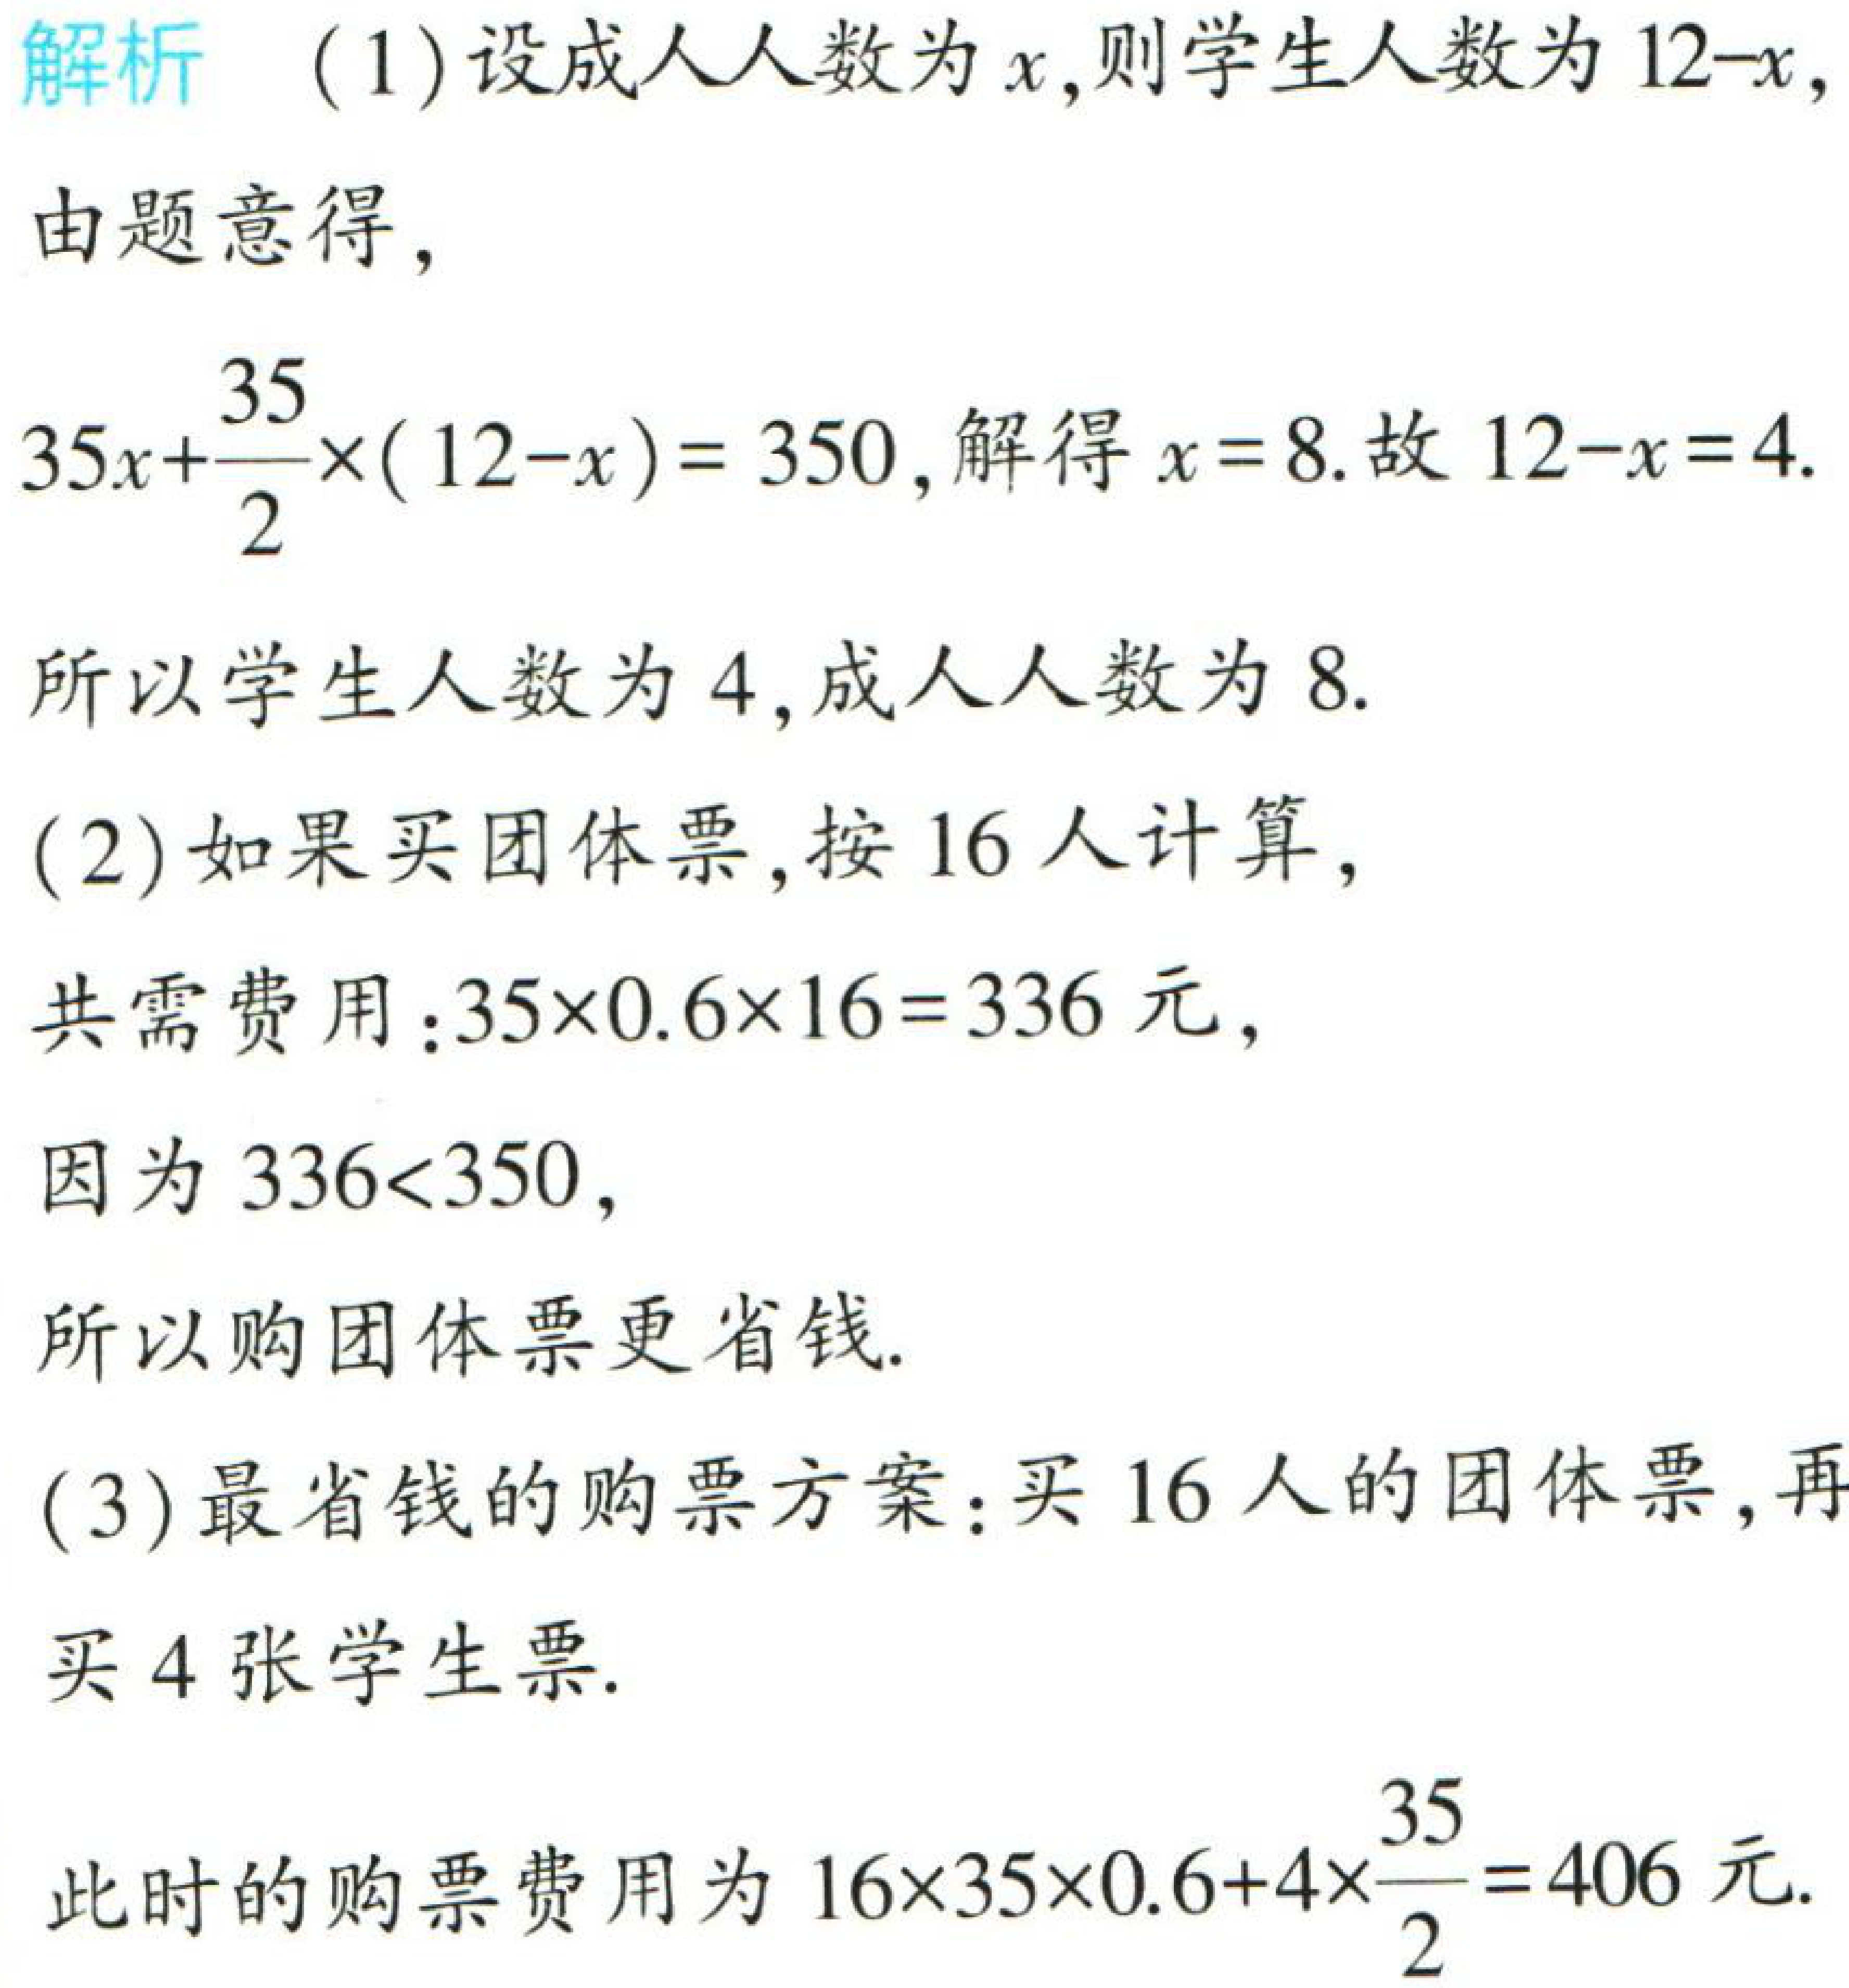
解析

(1)设成人人数为\(x\),则学生人数为\(12 - x\),

由题意得,

\(35x+\dfrac{35}{2}\times(12 - x)=350\),解得\(x = 8\).故\(12 - x = 4\).

所以学生人数为\(4\),成人人数为\(8\).

(2)如果买团体票,按\(16\)人计算,

共需费用:\(35\times0.6\times16 = 336\)元,

因为\(336<350\),

所以购团体票更省钱.

(3)最省钱的购票方案:买\(16\)人的团体票,再

买\(4\)张学生票.

此时的购票费用为\(16\times35\times0.6 + 4\times\dfrac{35}{2}=406\)元.